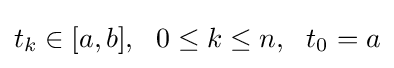
t_{k}\in [a,b],\ \ 0\leq k\leq n,\ \ t_{0}=a